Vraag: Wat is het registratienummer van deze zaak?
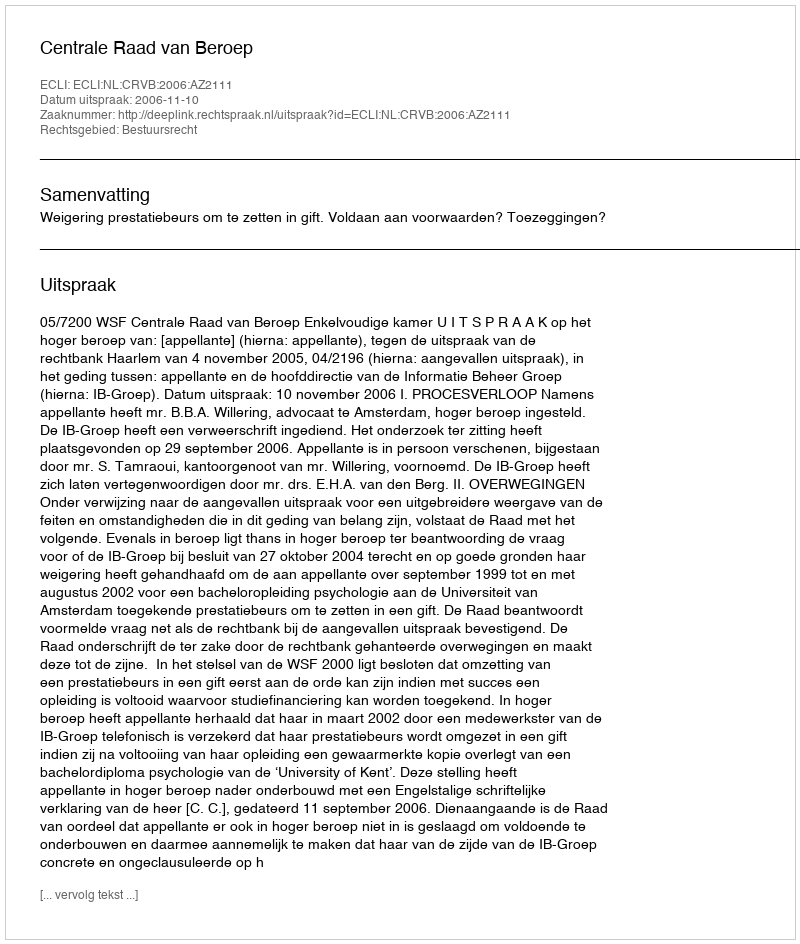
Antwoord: http://deeplink.rechtspraak.nl/uitspraak?id=ECLI:NL:CRVB:2006:AZ2111